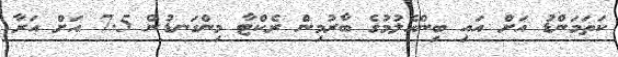
ކަތަމަންޑު އަށް އައި ބިންހެލުމުގެ ބާރުމިން ރެކްޓާ މިންގަނޑުން 7.5 އަށް އަރާ